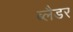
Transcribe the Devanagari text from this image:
ब्‍लैडर